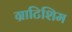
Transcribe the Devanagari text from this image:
ग्राटिशिम